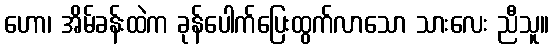
ဟော၊ အိမ်ခန်းထဲက ခုန်ပေါက်ပြေးထွက်လာသော သားလေး ညီသူ။